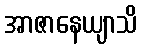
အာဇာနေယျာသိ